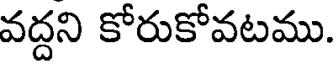
వద్దని కోరుకోవటము.